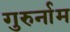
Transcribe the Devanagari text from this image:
गुरुर्नाम